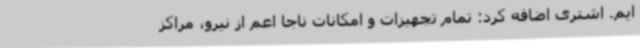
ایم. اشتری اضافه کرد: تمام تجهیزات و امکانات ناجا اعم از نیرو، مراکز